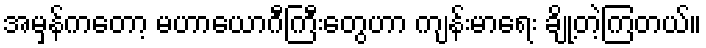
အမှန်ကတော့ မဟာယောဂီကြီးတွေဟာ ကျန်းမာရေး ချို့တဲ့ကြတယ်။